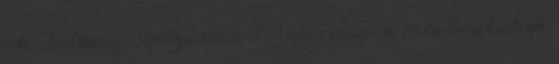
vele. Tarlóvirág, Stachys annua L. Ajakos viráguak családába tartozik.